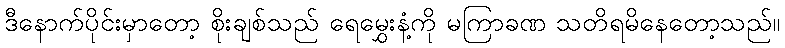
ဒီနောက်ပိုင်းမှာတော့ စိုးချစ်သည် ရေမွှေးနံ့ကို မကြာခဏ သတိရမိနေတော့သည်။